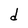
Character: d